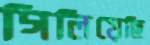
গিলিয়েছি